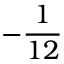
- { \frac { 1 } { 1 2 } }